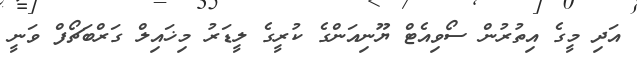
އަދި މީގެ އިތުރުން ސޯވިއެޓް ޔޫނިއަންގެ ކުރީގެ ލީޑަރު މިޚައިލް ގަރްބަޗޯފް ވަނީ